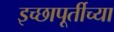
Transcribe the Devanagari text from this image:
इच्छापूर्तीच्या